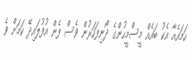
ހަމައެއާ އެކު ބައެއް މީސްމީހުންގެ ދޯނިފަހަރުން ވެސް ފެން އުފުލައިދޭ ކަމަށް ވެ